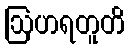
ဩဟရတူတိ